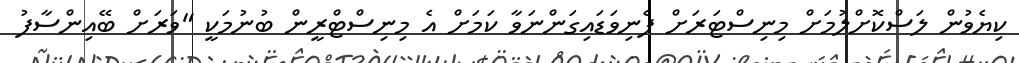
ކިޔެވުން ލަސްކޮށްލުމަށް މިނިސްޓަރަށް ފެނިވަޑައިގަންނަވާ ކަމަށް އެ މިނިސްޓްރީން ބުނުމަކީ "ވަރަށް ބޭއިންސާފު